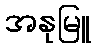
အနုမြူ